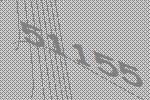
51155